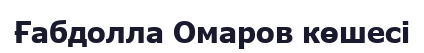
Ғабдолла Омаров көшесі